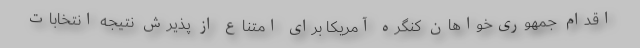
اقدام جمهوری‌خواهان کنگره آمریکا برای امتناع از پذیرش نتیجه انتخابات